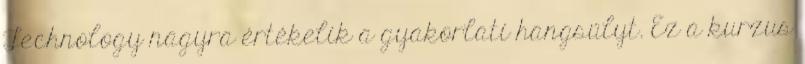
Technology nagyra értékelik a gyakorlati hangsúlyt. Ez a kurzus